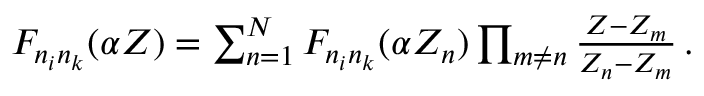
\begin{array} { r } { F _ { n _ { i } n _ { k } } ( \alpha Z ) = \sum _ { n = 1 } ^ { N } F _ { n _ { i } n _ { k } } ( \alpha Z _ { n } ) \prod _ { m \neq n } \frac { Z - Z _ { m } } { Z _ { n } - Z _ { m } } \, . } \end{array}